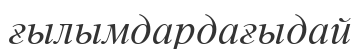
ғылымдардағыдай